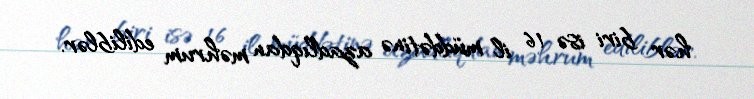
hər biri isə 16 il müddətinə azadlıqdan məhrum ediliblər.